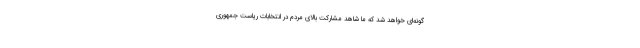
گونه‌ای خواهد شد که ما شاهد مشارکت بالای مردم در انتخابات ریاست جمهوری